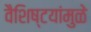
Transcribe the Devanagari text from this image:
वैशिष्टयांमुळे